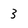
Character: 3